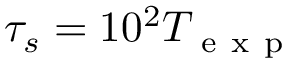
\tau _ { s } = 1 0 ^ { 2 } T _ { \mathrm { ~ e ~ x ~ p ~ } }